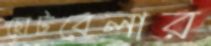
ছোটবেলার